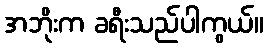
အဘိုးက ခရီးသည်ပါကွယ်။